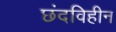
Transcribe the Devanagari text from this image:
छंदविहीन